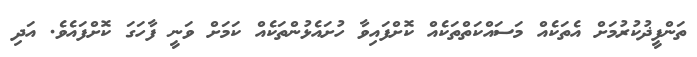
ތަންފީޛުކުރުމަށް އެތަކެއް މަސައްކަތްތަކެއް ކޮށްފައިވާ ހުށައެޅުންތަކެއް ކަމަށް ވަނީ ފާހަގަ ކޮށްފައެވެ. އަދި